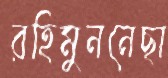
রহিমুননেছা